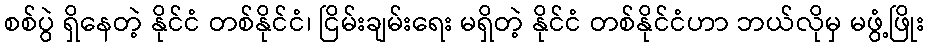
စစ်ပွဲ ရှိနေတဲ့ နိုင်ငံ တစ်နိုင်ငံ၊ ငြိမ်းချမ်းရေး မရှိတဲ့ နိုင်ငံ တစ်နိုင်ငံဟာ ဘယ်လိုမှ မဖွံ့ဖြိုး